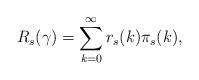
LaTeX: \begin{align*}R_s(\gamma)= \sum_{k=0}^\infty r_s(k) \pi_s(k),\end{align*}